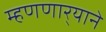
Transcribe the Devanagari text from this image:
म्हणणार्‍याने